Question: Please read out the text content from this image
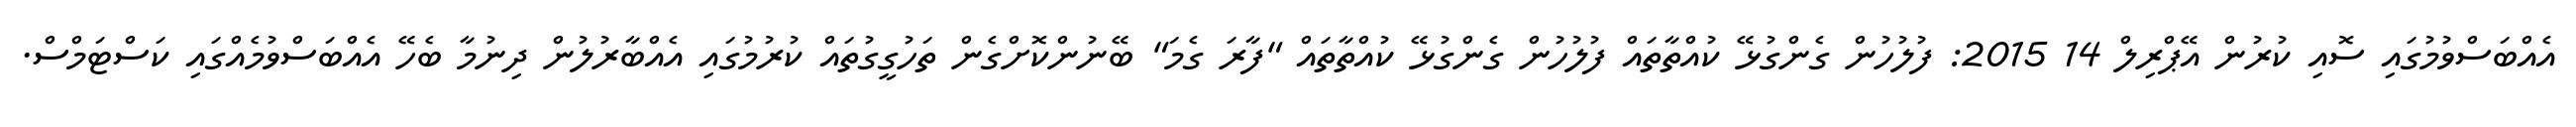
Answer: އެއްބަސްވުމުގައި ސޮއި ކުރުން އޭޕްރިލް 14 2015: ފުލުހުން ގެންގުޅޭ ކުއްތާތައް ފުލުހުން ގެންގުޅޭ ކުއްތާތައް "ފާރަ ގެމަ" ބޭނުންކޮށްގެން ތަހުގީގުތައް ކުރުމުގައި އެއްބާރުލުން ދިނުމާ ބެހޭ އެއްބަސްވުމެއްގައި ކަސްޓަމްސް.